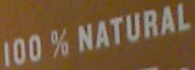
100%NATURAL